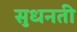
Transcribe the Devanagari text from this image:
सुधनती